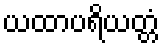
ယထာပရိယတ္တံ